Madras plague regulations and rules - Volume 2
Disease focus: Plague
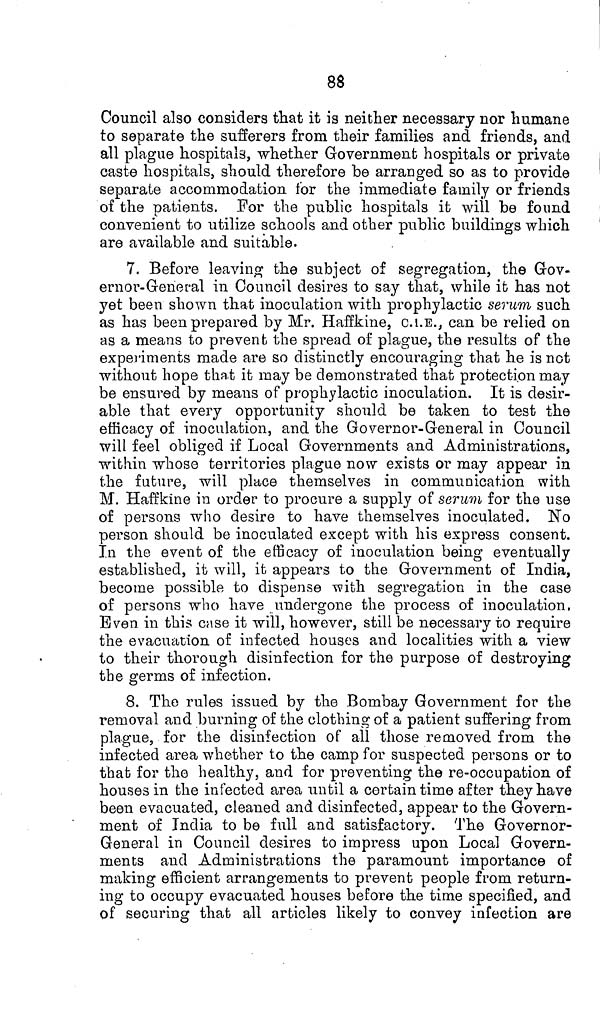
88
Council also considers that it is neither necessary nor humane
to separate the sufferers from their families and friends, and
all plague hospitals, whether Government hospitals or private
caste hospitals, should therefore be arranged so as to provide
separate accommodation for the immediate family or friends
of the patients. For the public hospitals it will be found
convenient to utilize schools and other public buildings which
are available and suitable.
7. Before leaving the subject of segregation, the Gov-
ernor-General in Council desires to say that, while it has not
yet been shown that inoculation with prophylactic serum such
as has been prepared by Mr. Haffkine, C.I.E., can be relied on
as a means to prevent the spread of plague, the results of the
experiments made are so distinctly encouraging that he is not
without hope that it may be demonstrated that protection may
be ensured by means of prophylactic inoculation. It is desir-
able that every opportunity should be taken to test the
efficacy of inoculation, and the Governor-General in Council
will feel obliged if Local Governments and Administrations,
within whose territories plague now exists or may appear in
the future, will place themselves in communication with
M. Haffkine in order to procure a supply of serum for the use
of persons who desire to have themselves inoculated. No
person should be inoculated except with his express consent.
In the event of the efficacy of inoculation being eventually
established, it will, it appears to the Government of India,
become possible to dispense with segregation in the case
of persons who have undergone the process of inoculation,
Even in this case it will, however, still be necessary to require
the evacuation of infected houses and localities with a view
to their thorough disinfection for the purpose of destroying
the germs of infection.
8. The rules issued by the Bombay Government for the
removal and burning of the clothing of a patient suffering from
plague, for the disinfection of all those removed from the
infected area whether to the camp for suspected persons or to
that for the healthy, and for preventing the re-occupation of
houses in the infected area until a certain time after they have
been evacuated, cleaned and disinfected, appear to the Govern-
ment of India to be full and satisfactory. The Governor-
General in Council desires to impress upon Local Govern-
ments and Administrations the paramount importance of
making efficient arrangements to prevent people from return-
ing to occupy evacuated houses before the time specified, and
of securing that all articles likely to convey infection are